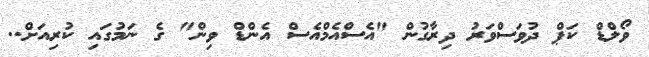
ވޯލްޑް ކަޕް ދުވަސްވަރު ދިރާގުން "އެސްއެމްއެސް އެންޑް ވިން" ގެ ނަމުގައި ކުރިއަށް..